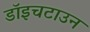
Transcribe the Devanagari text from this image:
डॉइचटाउन